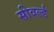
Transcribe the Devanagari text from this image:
सीवर्ल्ड